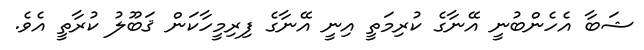
ޝަބާ އެހެންބުނީ އޭނާގެ ކުރިމަތީ އިނީ އޭނާގެ ފިރިމީހާކަން ޤަބޫލު ކުރާތީ އެވެ.